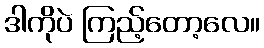
ဒါကိုပဲ ကြည့်တော့လေ။